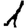
Digit: 1